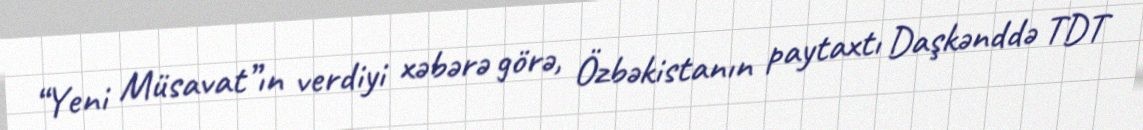
“Yeni Müsavat”ın verdiyi xəbərə görə, Özbəkistanın paytaxtı Daşkənddə TDT